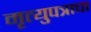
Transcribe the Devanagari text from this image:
मृत्युपत्राचा